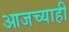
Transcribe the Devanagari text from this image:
आजच्याही